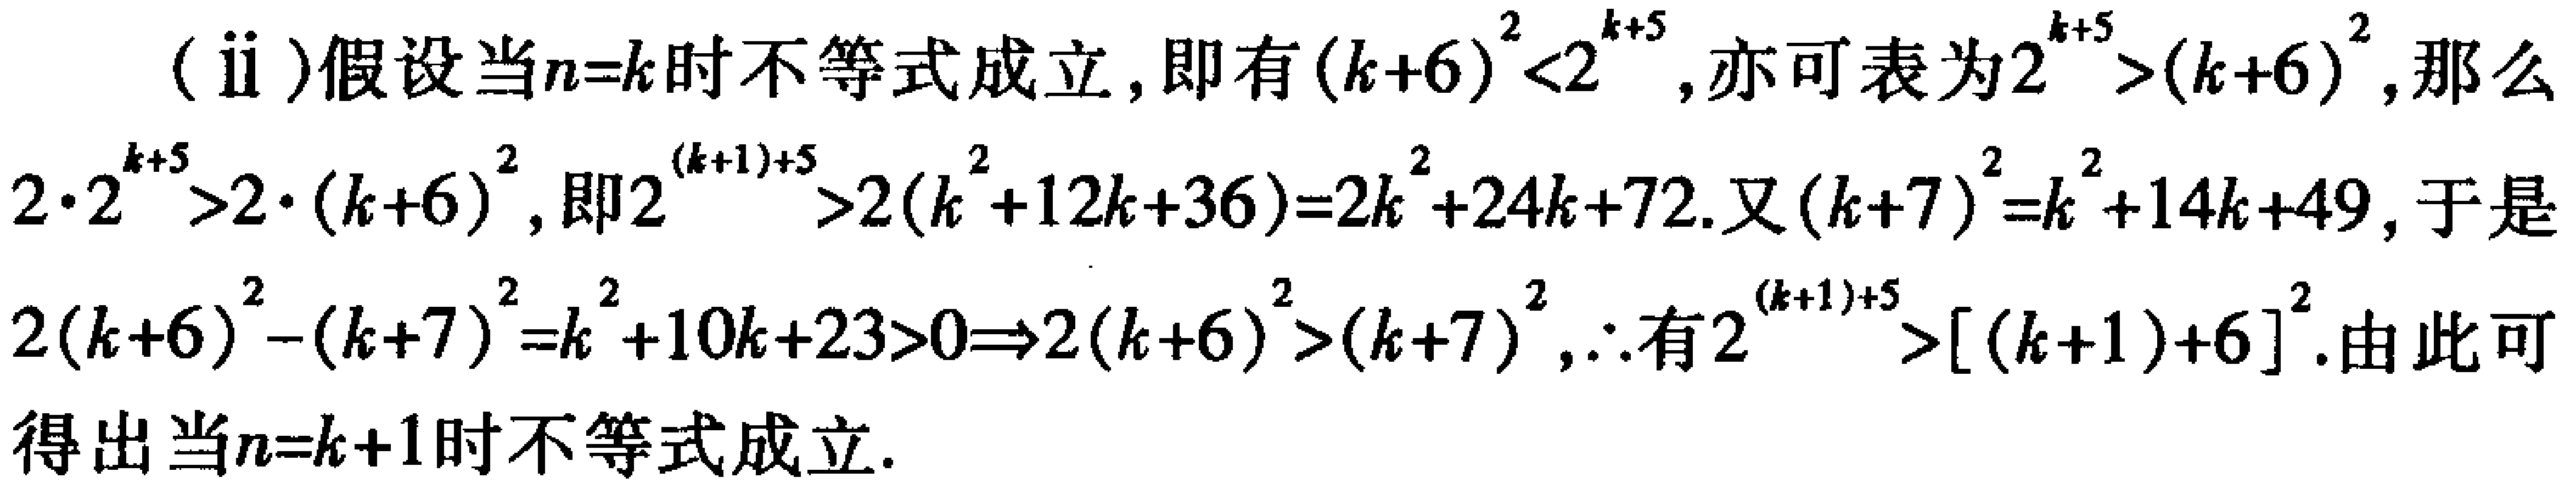
(ii)假设当\(n = k\)时不等式成立，即有\((k + 6)^2<2^{k + 5}\)，亦可表为\(2^{k + 5}>(k + 6)^2\)，那么
\(2\cdot2^{k + 5}>2\cdot(k + 6)^2\)，即\(2^{(k + 1)+5}>2(k^{2}+12k + 36)=2k^{2}+24k + 72\). 又\((k + 7)^2=k^{2}+14k + 49\)，于是
\(2(k + 6)^2-(k + 7)^2=k^{2}+10k + 23>0\Rightarrow2(k + 6)^2>(k + 7)^2\)，\(\therefore\)有\(2^{(k + 1)+5}>[(k + 1)+6]^2\). 由此可
得出当\(n = k + 1\)时不等式成立.